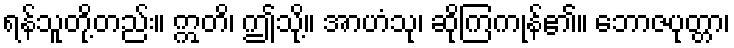
ရန်သူတို့တည်း။ ဣတိ၊ ဤသို့။ အာဟံသု၊ ဆိုကြကုန်၏။ ဘောဇပုတ္တာ၊